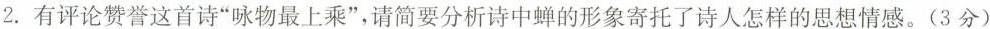
2.有评论赞誉这首诗”咏物最上乘”，请简要分析诗中蝉的形象寄托了诗人怎样的思想情感。(3分)